Report on vaccination in the Province of Bengal - 1869-1873
Year: 1869
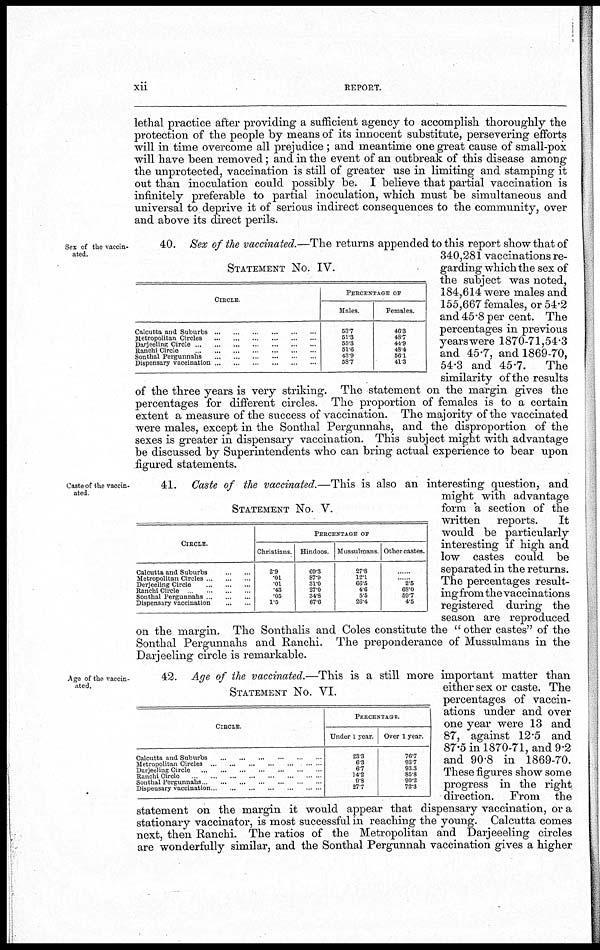
xii
REPORT.
lethal practice after providing a sufficient agency to accomplish thoroughly the
protection of the people by means of its innocent substitute, persevering efforts
will in time overcome all prejudice ; and meantime one great cause of small-pox
will have been removed; and in the event of an outbreak of this disease among
the unprotected, vaccination is still of greater use in limiting and stamping it
out than inoculation could possibly be. I believe that partial vaccination is
infinitely preferable to partial inoculation, which must be simultaneous and
universal to deprive it of serious indirect consequences to the community, over
and above its direct perils.
Sex of the vaccin-
ated.
STATEMENT NO. IV.
CIRCLE
Calcutta and Suburbs
...
...
...
...
...
...
Metropolitan Circles
...
...
...
...
...
...
Darjeeling Circle
...
...
...
...
...
...
...
Ranchi Circle
...
...
...
...
...
...
...
Sonthal Pergunnahs ... ... ... ... ... ...
Dispensary vaccination
...
...
...
...
...
...
PERCENTAGE OF
Males.
53.7
51.3
55.3
51.6
43.9
58.7
Females.
46.3
48.7
44.9
48.4
56.1
41.3
40. Sex of the vaccinated.—The returns appended to this report show that of
340,281 vaccinations re-
garding which the sex of
the subject was noted,
184,614 were males and
155,667 females, or 54.2
and 45.8 per cent. The
percentages in previous
years were 1870-71,54.3
and 45.7, and 1869-70,
54.3 and 45.7.
The
similarity of the results
of the three years is very striking. The statement on the margin gives the
percentages for different circles. The proportion of females is to a certain
extent a measure of the success of vaccination. The majority of the vaccinated
were males, except in the Sonthal Pergunnahs, and the disproportion of the
sexes is greater in dispensary vaccination. This subject might with advantage
be discussed by Superintendents who can bring actual experience to bear upon
figured statements.
Caste of the vaccin-
ated
STATEMENT NO. V.
CIRCLE.
Calcutta and Suburbs
...
...
Metropolitan Circles ... ... ...
Derjeeling Circle
...
...
...
Ranchi Circle ... ... ...
Sonthal Pergunnahs ... ... ...
Dispensary vaccination
...
...
PERCENTAGE OF
Christians.
2.9
.01
.01
.43
.05
1.5
Hindoos.
69.3
87.9
31.0
27.0
34.8
67.6
Mussulmans.
27.8
12.1
66.5
4.6
5.5
26.4
Other castes.
...
...
2.5
68.0
59.7
4.5
41. Caste of the vaccinated.—This is also an interesting question, and
might with advantage
form a section of the
written reports.
It
would be particularly
interesting if high and
low castes could be
separated in the returns.
The percentages result-
ing from the vaccinations
registered during the
season are reproduced
on the margin. The Sonthalis and Coles constitute the " other castes" of the
Sonthal Pergunnahs and Ranchi. The preponderance of Mussulmans in the
Darjeeling circle is remarkable.
Age of the vaccin-
ated.
STATEMENT NO. VI.
CIRCLE
Calcutta and Suburbs ... ... ... ... ... ...
Metropolitan Circles ... ... ... ... ... ...
Darjeeling Circle ... ... ... ... ... ... ...
Ranchi Circle
...
...
...
...
...
...
Sonthal Pergunnahs ... ... ... ... ... ...
Dispensary vaccination ... ... ... ... ... ...
PERCENTAGE
Under 1 year.
23.3
6.3
6.7
14.2
9.8
27.7
Over 1 year
76.7
93.7
93.3
85.8
90.2
72.3
42. Age of the vaccinated.—This is a still more important matter than
either sex or caste. The
percentages of vaccin-
ations under and over
one year were 13 and
87, against 12.5 and
87.5 in 1870-71, and 9.2
and 90.8 in 1869-70.
These figures show some
progress in the right
direction. From the
statement on the margin it would appear that dispensary vaccination, or a
stationary vaccinator, is most successful in reaching the young. Calcutta comes
next, then Ranchi. The ratios of the Metropolitan and Darjeeeling circles
are wonderfully similar, and the Sonthal Pergunnah vaccination gives a higher